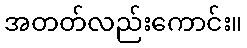
အတတ်လည်းကောင်း။